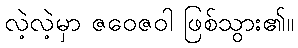
လဲ့လဲ့မှာ ဇဝေဇဝါ ဖြစ်သွား၏။